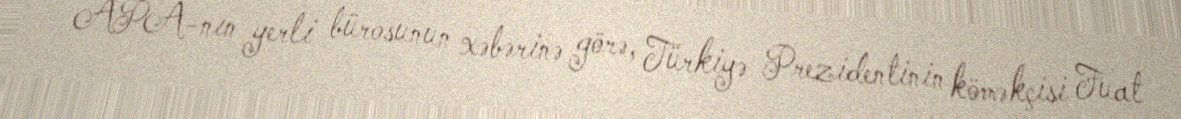
APA-nın yerli bürosunun xəbərinə görə, Türkiyə Prezidentinin köməkçisi Fuat